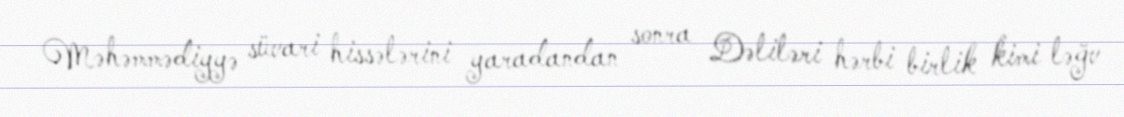
Məhəmmədiyyə süvari hissələrini yaradandan sonra Dəliləri hərbi birlik kimi ləğv